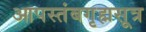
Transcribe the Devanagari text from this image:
आपस्तंबगृह्मसूत्र